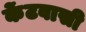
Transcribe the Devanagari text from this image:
केंटवासी